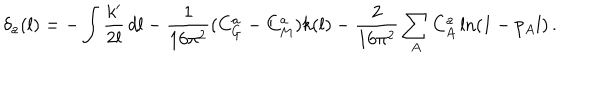
\delta _ { a } ( l ) = - \int \frac { k ^ { \prime } } { 2 l } \, d l - \frac { 1 } { 1 6 \pi ^ { 2 } } ( C _ { G } ^ { a } - C _ { M } ^ { a } ) k ( l ) - \frac { 2 } { 1 6 \pi ^ { 2 } } \sum _ { A } C _ { A } ^ { a } \ln ( 1 - p _ { A } l ) \, .